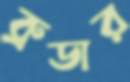
ব্রুডার